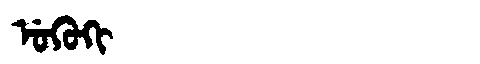
Manchu: ᡠᡴᡠᡴᡳ
Romanization: UKUKI